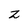
Character: Z